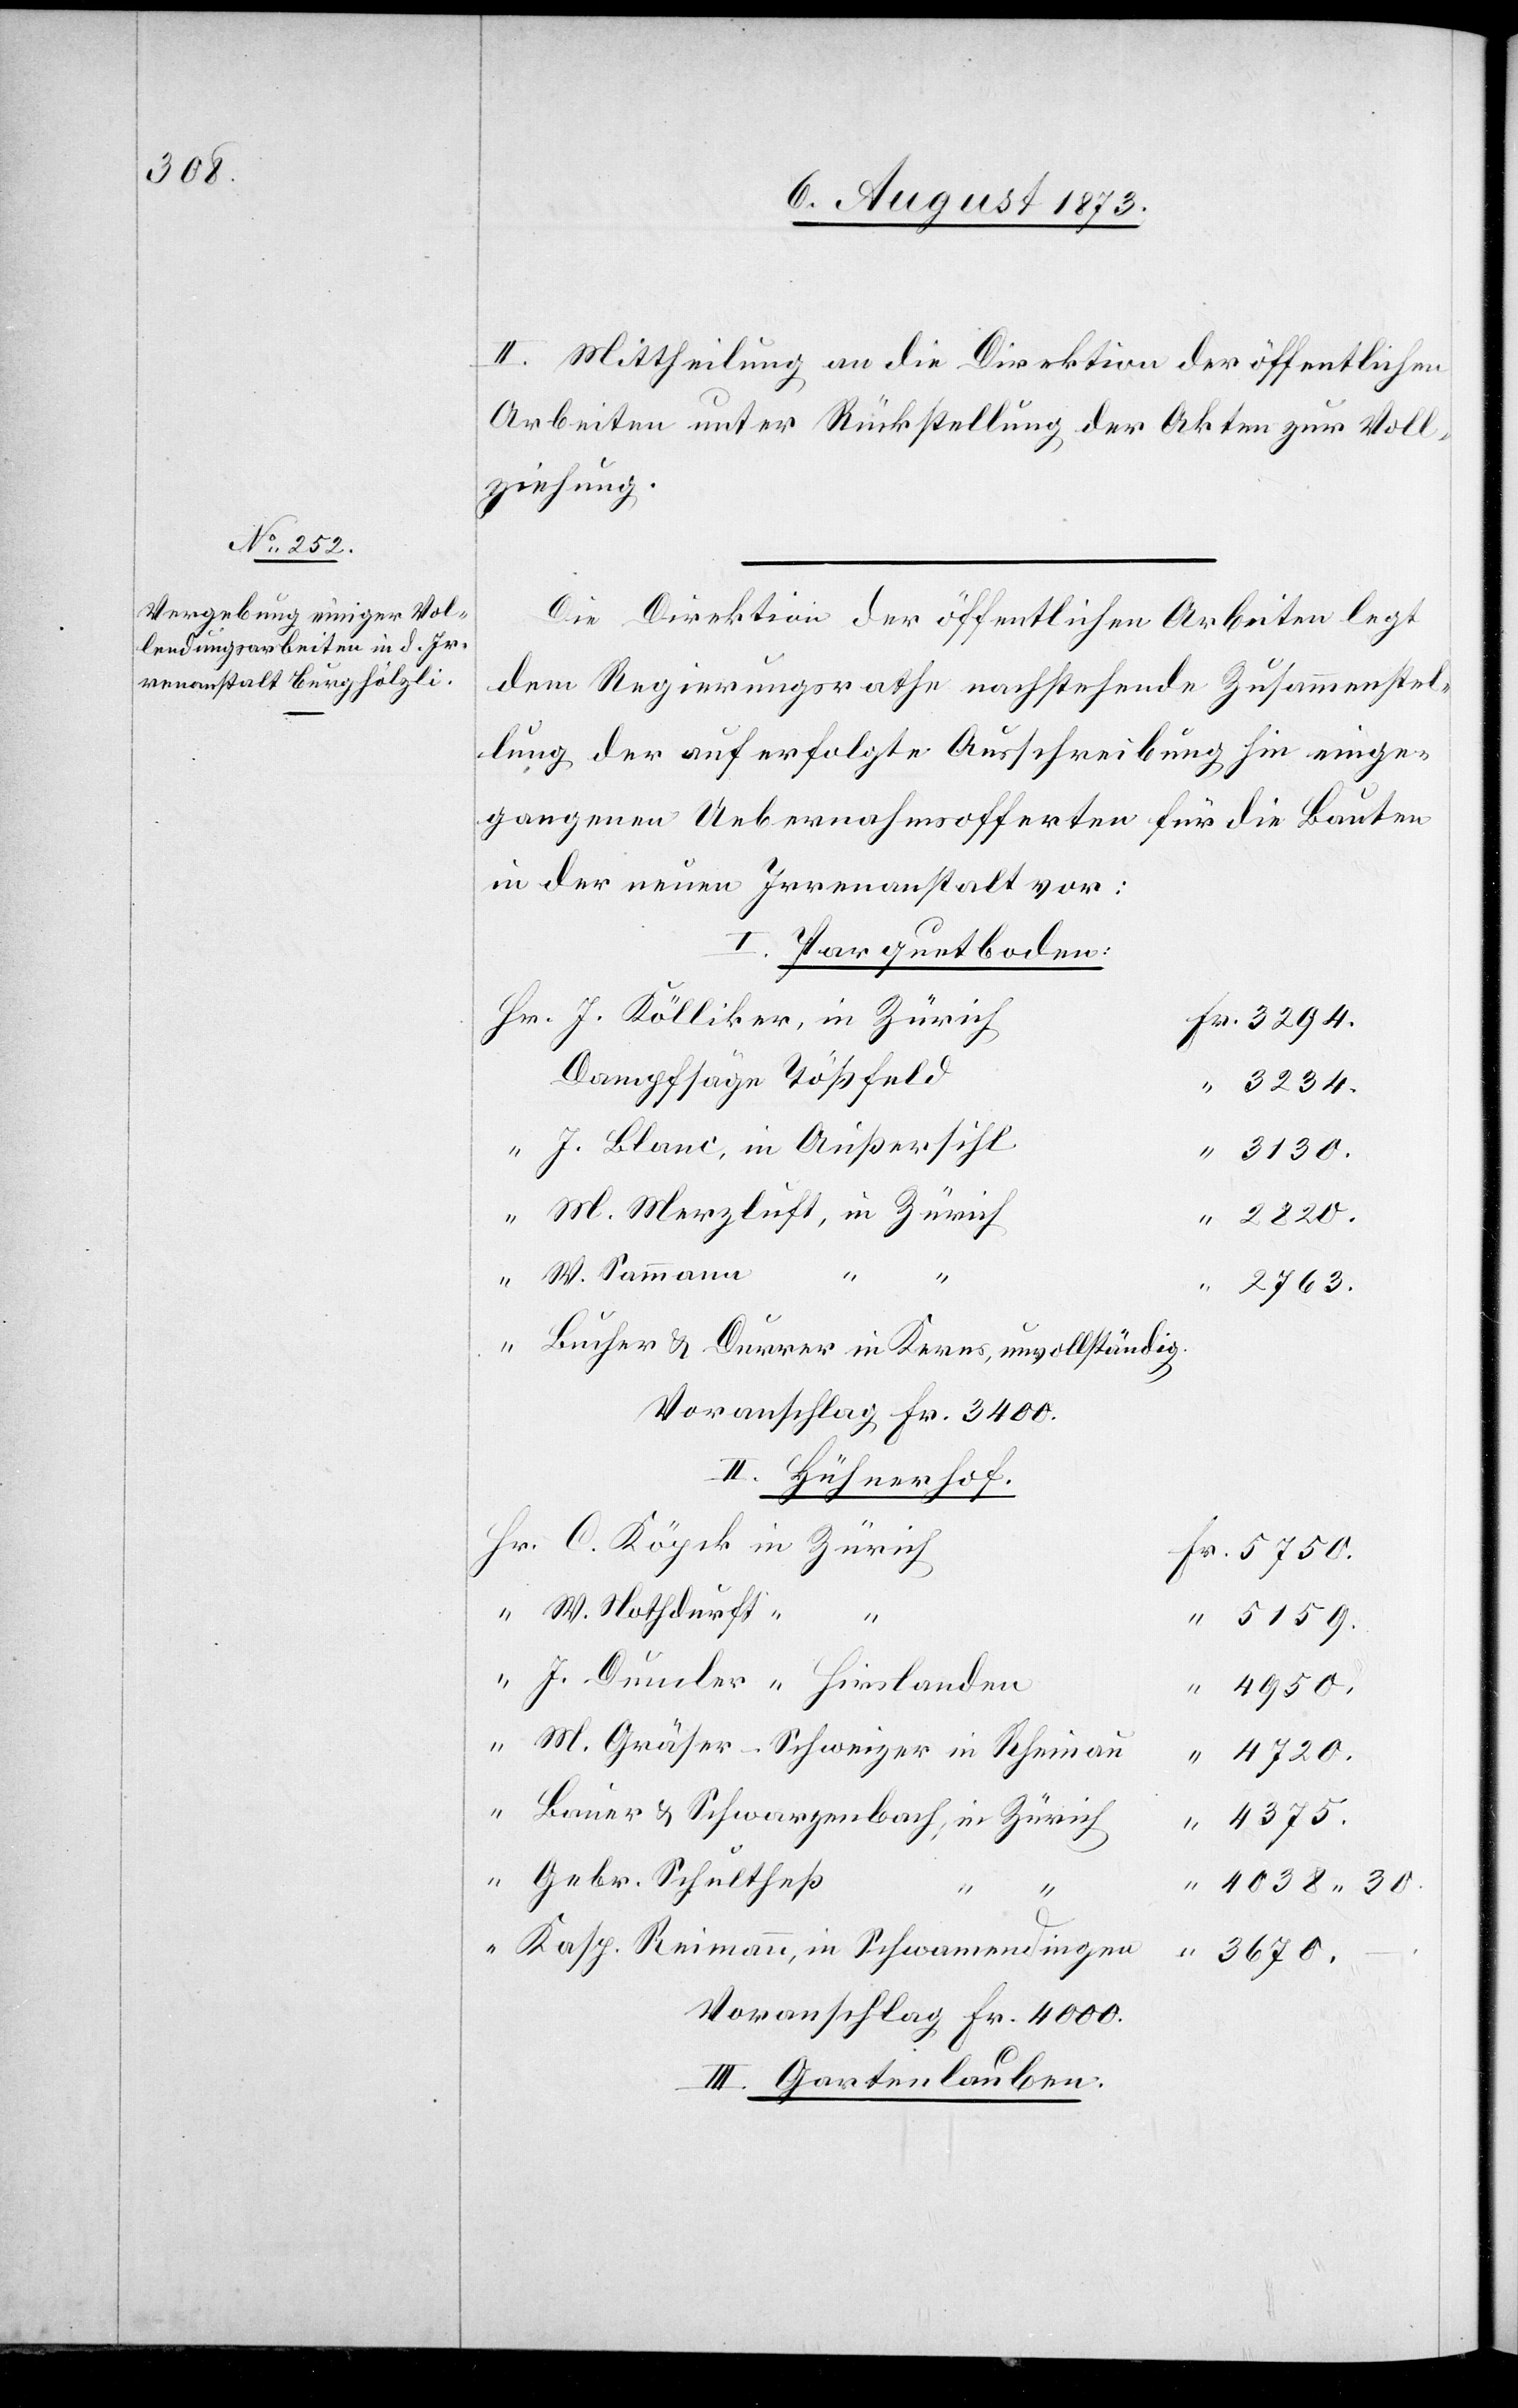
II. Mittheilung an die Direktion der öffentlichen
Arbeiten unter Rückstellung der Akten zur Voll¬
ziehung.
Die Direktion der öffentlichen Arbeiten legt
dem Regierungsrathe nachstehende Zusammenstel¬
lung der auf erfolgte Ausschreibung hin einge¬
gangenen Uebernahmsofferten für die Bauten
in der neuen Irrenanstalt vor:
I. Parquetboden:
J. Kölliker, in Zürich
Dampfsäge Tößfeld
3 234.
J. Blanc, in Außersihl
3 130.
M. Merzluft, in Zürich
3 670.
W. Sammann
Fr.
C.
2 763.
Bucher & Durrer in Kerns, unvollständig.
Voranschlag Fr. 3 400.
II. Hühnerhof.
W. Nothdurft
“
5 159.
M. Gräser-Schweizer in Rheinau
4 375.
Gebr. Schultheß
4 038 30.
4
Kasp. Reimann, in Schwamendingen
Voranschlag Fr. 4 000.
III. Gartenlauben.